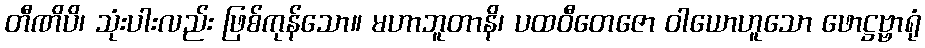
တီဏိပိ၊ သုံးပါးလည်း ဖြစ်ကုန်သော။ မဟာဘူတာနိ၊ ပထဝီတေဇော ဝါယောဟူသော ဖောဋ္ဌဗ္ဗာရုံ